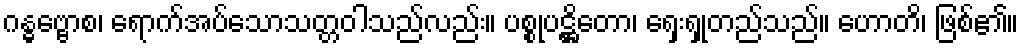
ဂန္ဓဗ္ဗောစ၊ ရောက်အပ်သောသတ္တဝါသည်လည်း။ ပစ္စုပဋ္ဌိတော၊ ရှေးရှုတည်သည်။ ဟောတိ၊ ဖြစ်၏။